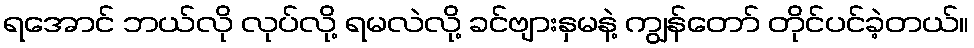
ရအောင် ဘယ်လို လုပ်လို့ ရမလဲလို့ ခင်ဗျားနှမနဲ့ ကျွန်တော် တိုင်ပင်ခဲ့တယ်။